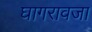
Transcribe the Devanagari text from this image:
घागरावजा